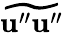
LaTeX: \widetilde{{\mathbf{u}}^{\prime\prime}{\mathbf{u}}^{\prime\prime}}